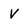
Character: V